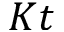
K t